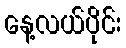
နေ့လယ်ပိုင်း